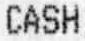
CASH